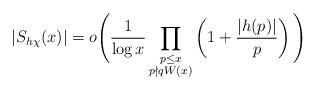
LaTeX: \begin{align*} |S_{h \chi}(x)| = o\Bigg( \frac{1}{\log x} \prod_{\substack{p \leq x \\ p\nmid qW(x)}} \left(1 + \frac{|h(p)|}{p}\right) \Bigg) \end{align*}